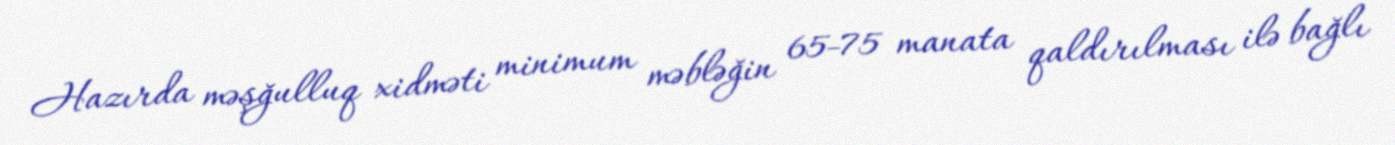
Hazırda məşğulluq xidməti minimum məbləğin 65-75 manata qaldırılması ilə bağlı